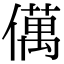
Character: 㒖